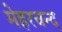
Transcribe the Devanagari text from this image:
मेहरचन्द